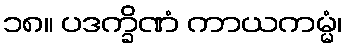
၁၈။ ပဒက္ခိဏံ ကာယကမ္မံ၊